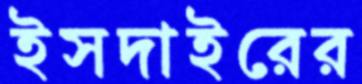
ইসদাইরের